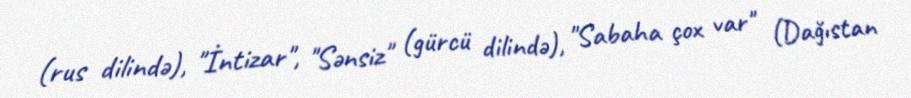
(rus dilində), "İntizar", "Sənsiz" (gürcü dilində), "Sabaha çox var" (Dağıstan